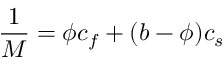
\frac { 1 } { M } = \phi c _ { f } + ( b - \phi ) c _ { s }